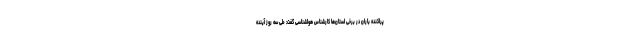
پراکنده باران در برخی استان‌ها کارشناس هواشناسی گفت: طی سه روز آینده